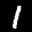
Label: 1